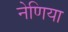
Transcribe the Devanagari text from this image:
नेणिया